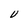
Character: V